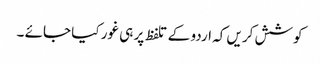
کوشش کریں کہ اردو کے تلفظ پر ہی غور کیا جائے ۔